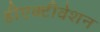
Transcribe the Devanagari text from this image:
डीएक्टीवेशन